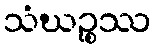
သံဃဉ္စဿ